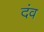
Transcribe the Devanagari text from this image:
दंव